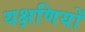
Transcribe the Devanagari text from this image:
यक्षणियों